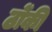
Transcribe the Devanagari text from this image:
ठोंकी